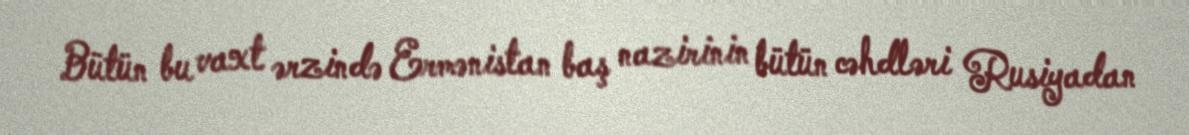
Bütün bu vaxt ərzində Ermənistan baş nazirinin bütün cəhdləri Rusiyadan